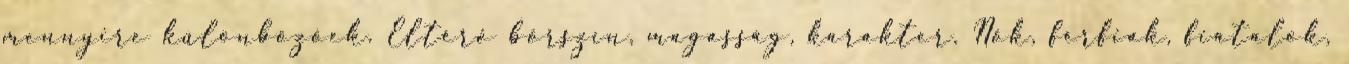
mennyire különbözőek. Eltérő bőrszín, magasság, karakter. Nők, férfiak, fiatalok,